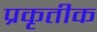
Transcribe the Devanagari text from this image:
प्रकृतीक